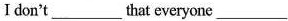
I don't___that everyone ___